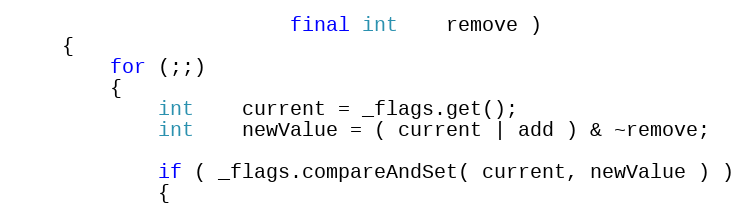
Language: Java
                       final int    remove )
    {
        for (;;)
        {
            int    current = _flags.get();
            int    newValue = ( current | add ) & ~remove;

            if ( _flags.compareAndSet( current, newValue ) )
            {